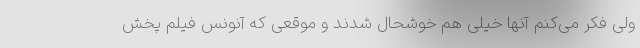
ولی فکر می‌کنم آنها خیلی هم خوشحال شدند و موقعی که آنونس فیلم پخش